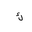
Letter: _kaf